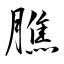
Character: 膲